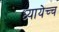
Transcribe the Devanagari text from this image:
ध्यायेच्च